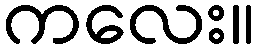
ကလေး။